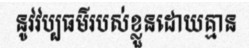
នូវវប្បធម៌របស់ខ្លួនដោយគ្មាន